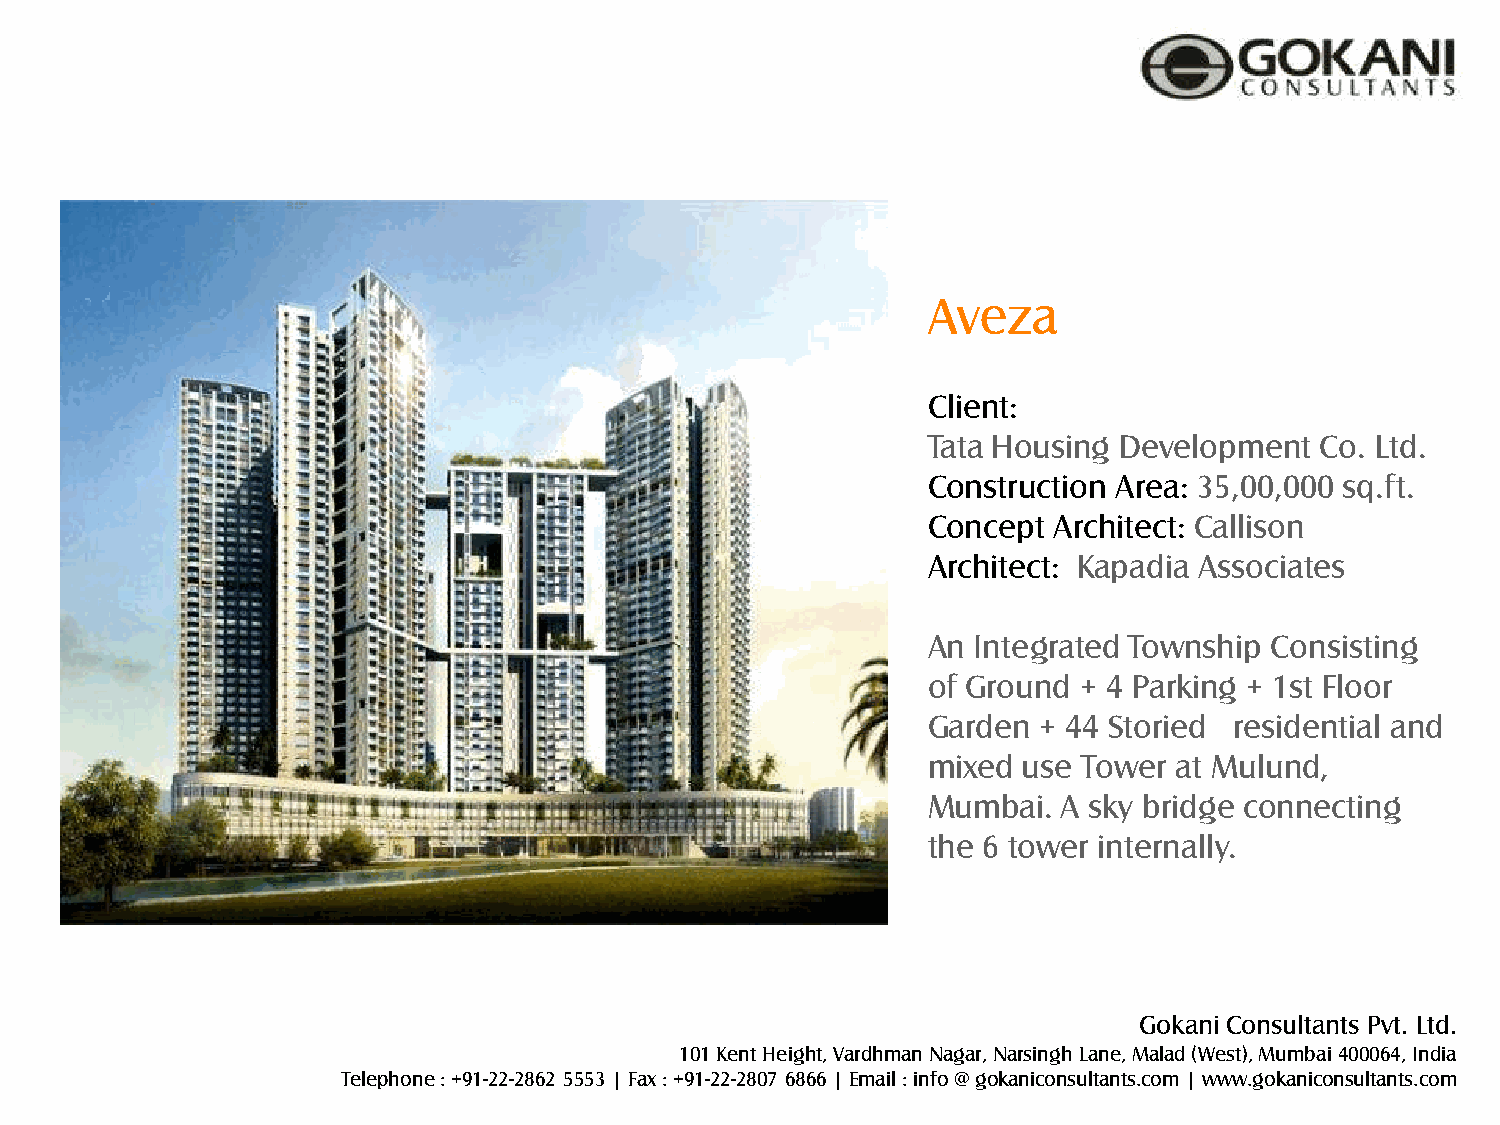
Aveza
 Client:
 Tata Housing Development  Co. Ltd.
 Construction Area: 35,00,000 sq.ft.
 Concept  Architect: Callison
 Architect: Kapadia Associates
 An  Integrated Township Consisting
 of Ground  + 4 Parking + 1st Floor
 Garden  + 44 Storied residential and
 mixed  use Tower at Mulund,
 Mumbai.  A sky bridge connecting
 the 6 tower internally.
 Gokani Consultants Pvt. Ltd.
 101 Kent Height, Vardhman Nagar, Narsingh Lane, Malad (West), Mumbai 400064, India
 Telephone : +91-22-2862 5553 | Fax : +91-22-2807 6866 | Email : info @ gokaniconsultants.com | www.gokaniconsultants.com